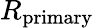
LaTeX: R_{\mathrm{primary}}